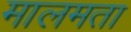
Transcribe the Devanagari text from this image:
मालमता